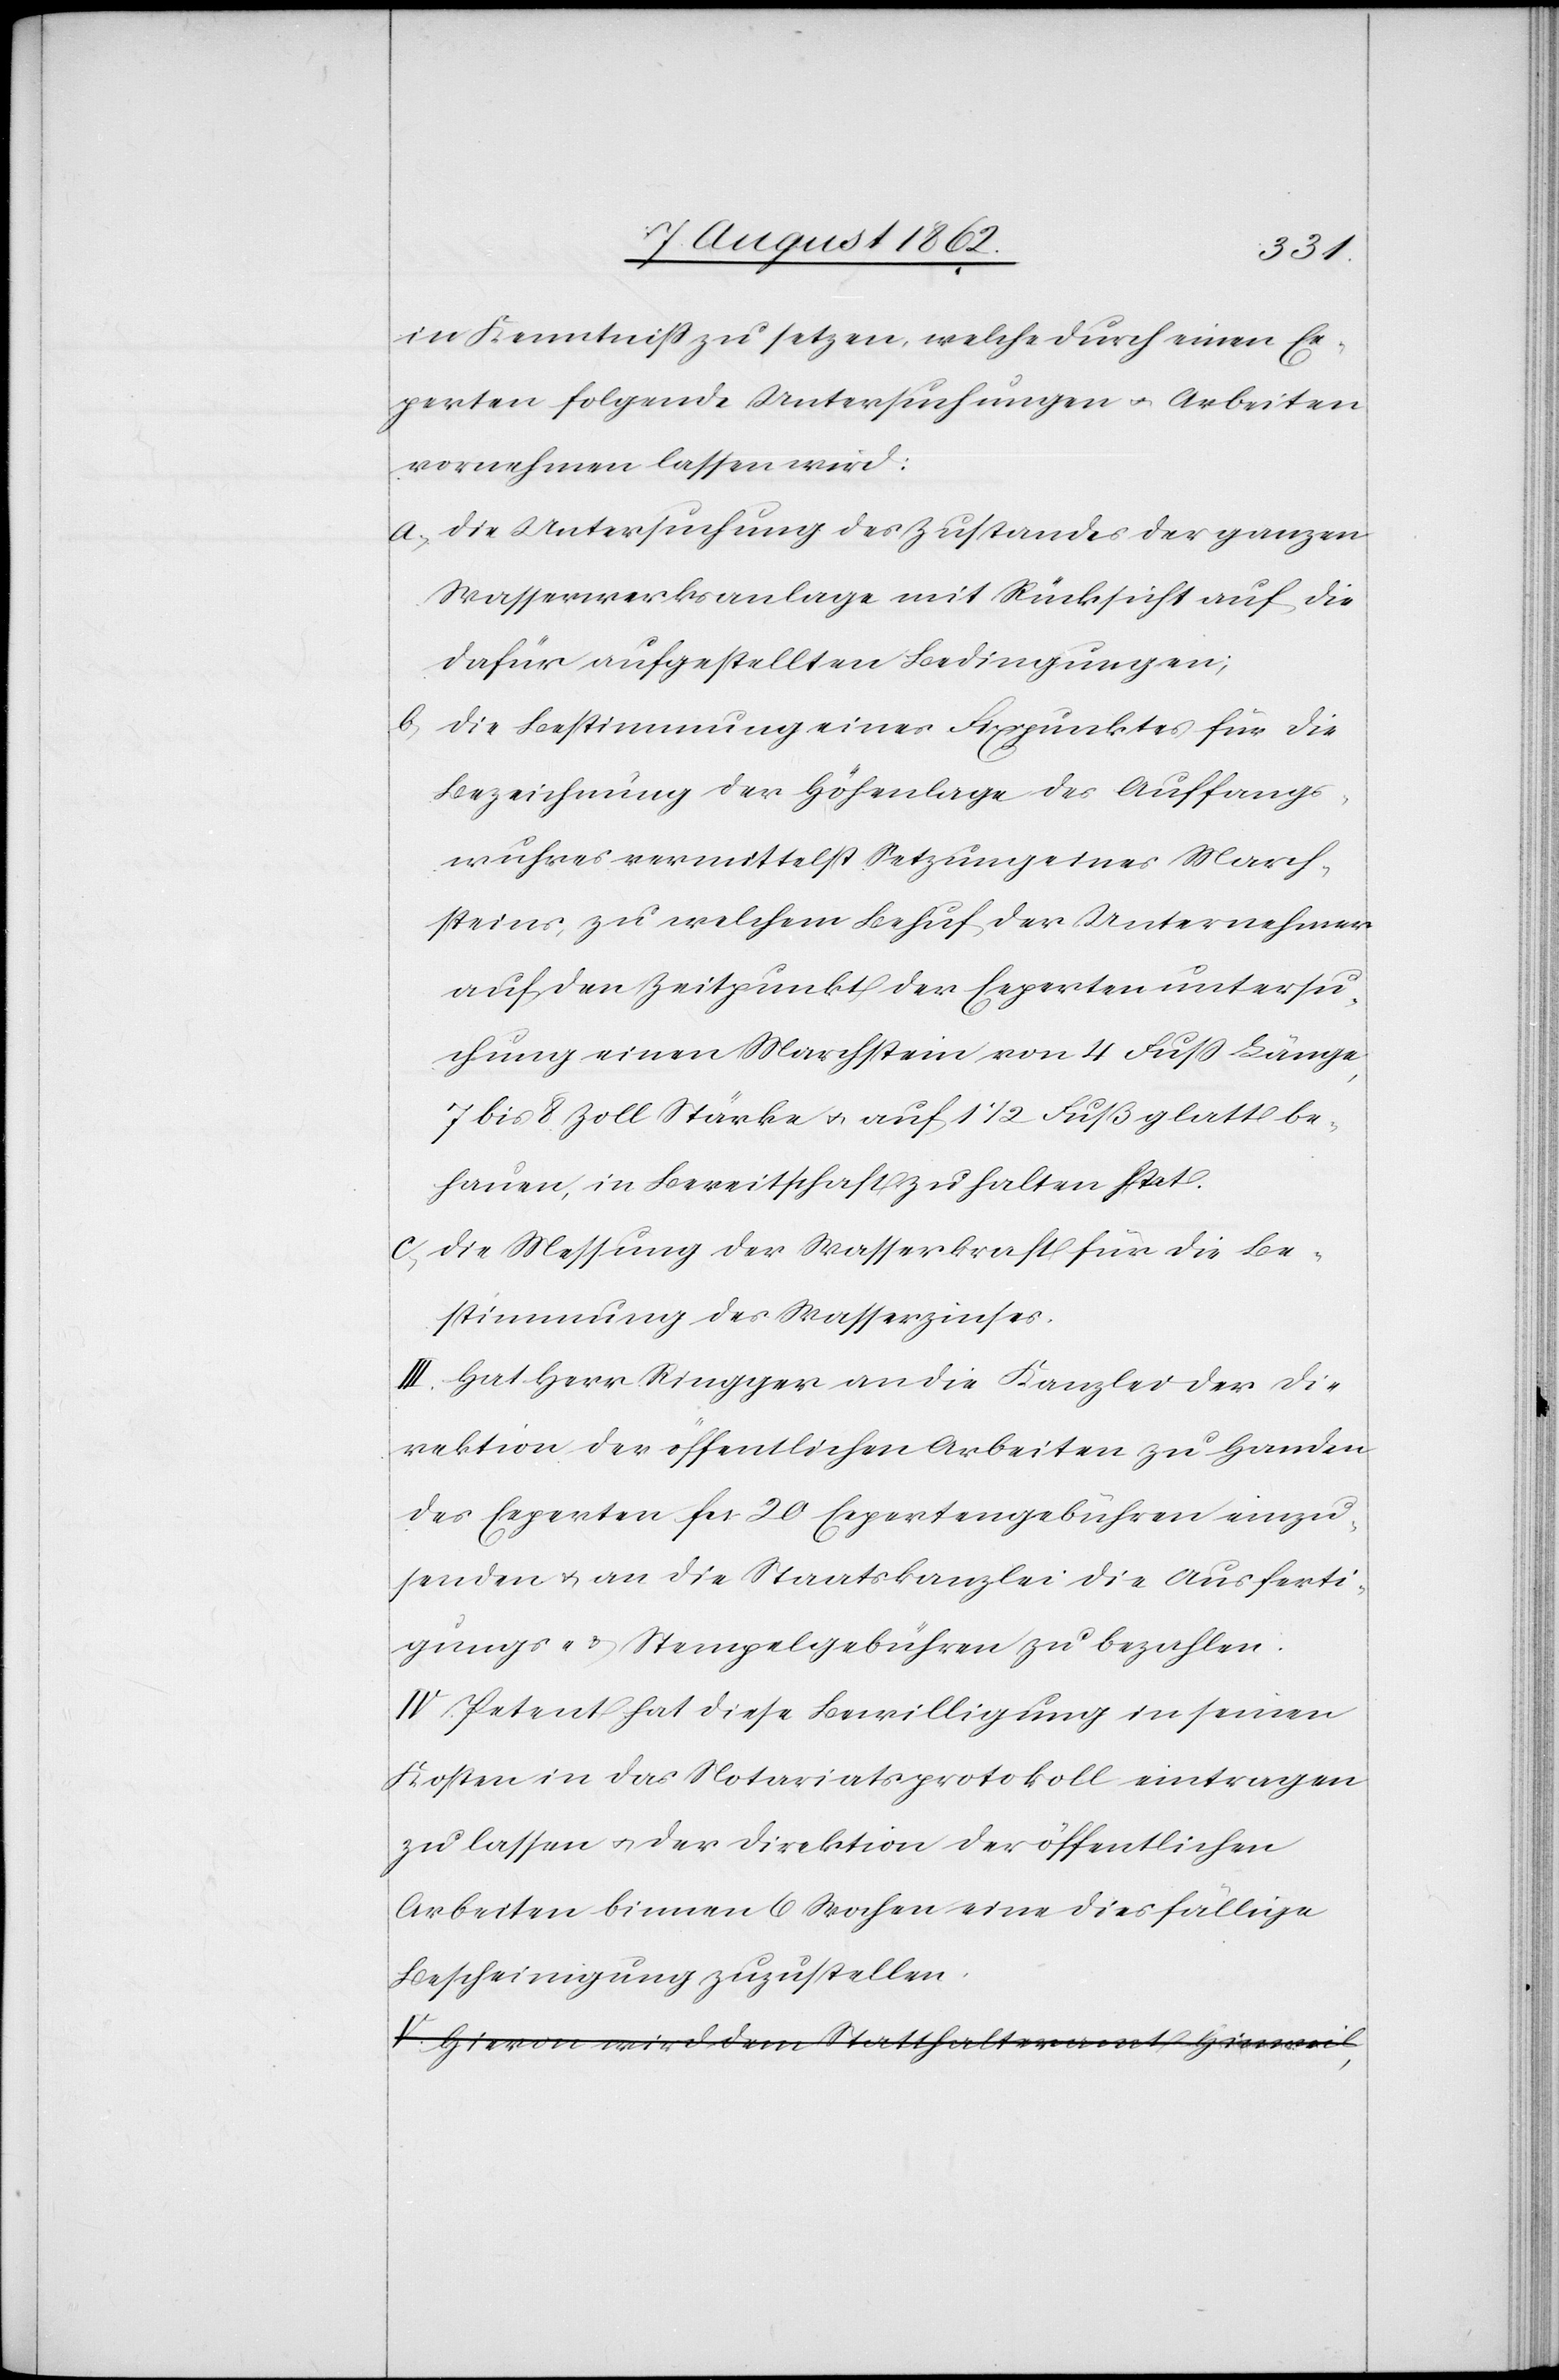
in Kenntniß zu setzen, welche durch einen Ex¬
perten folgende Untersuchungen u. Arbeiten
vornehmen lassen wird:
a) Die Untersuchung des Zustandes der ganzen
Wasserwerksanlage mit Rücksicht auf die
dafür aufgestellt an Bedingungen;
b) Die Bestimmung eines Fixpunktes für die
Bezeichnung der Höhenlage des Auffangs¬
wuhres vermittelst Setzung eines March¬
steines, zu welchem Behuf der Unternehmer
auf den Zeitpunkt der Experten Untersu¬
chung einen Marchstein von 4 Fuß Länge,
7 bis 8 Zoll Stärke u. auf 1 1/2 Fuß glatt be¬
hauen, in Bereitschaft zu halten hat.
c) Die Messung der Wasserkraft für die Be¬
stimmung des Wasserzinses.
III. Hat Herr Ringger an die Kanzlei der Di¬
rektion der öffentlichen Arbeiten zu Handen
des Experten fcs. 20 Expertengebühren einzu¬
senden u. an die Staatskanzlei die Ausferti¬
gungs- u. Stempelgebühren zu bezahlen.
IV. Petent hat diese Bewilligung in seinen
Kosten in das Notariatsprotokoll eintragen
zu lassen u. der Direktion der öffentlichen
Arbeiten binnen 6 Wochen eine diesfällige
Bescheinigung zuzustellen.
Hievon wird dem Statthalteramt Hinweil,